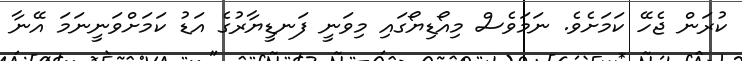
ކުރަން ޖެހޭ ކަމަށެވެ. ނަމަވެސް މިއޯޑިޔޯގައި މިވަނީ ފަނޑީޔާރުގެ އަޑު ކަމަށްވަނީނަމަ އޭނާ